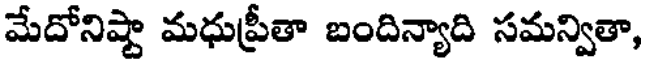
మేదోనిష్టా మధుప్రీతా బందిన్యాది సమన్వితా,